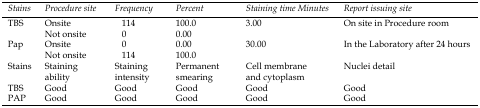
<table><thead><tr><td><b>Stains</b></td><td><b>Procedure site</b></td><td><b>Frequency</b></td><td><b>Percent</b></td><td><b>Staining time Minutes</b></td><td><b>Report issuing site</b></td></tr></thead><tbody><tr><td rowspan="2">TBS</td><td>Onsite</td><td>114</td><td>100.0</td><td rowspan="2">3.00</td><td rowspan="2">On site in Procedure room</td></tr><tr><td>Not onsite</td><td>0</td><td>0.00</td></tr><tr><td rowspan="2">Pap</td><td>Onsite</td><td>0</td><td>0.00</td><td rowspan="2">30.00</td><td rowspan="2">In the Laboratory after 24 hours</td></tr><tr><td>Not onsite</td><td>114</td><td>100.0</td></tr><tr><td>Stains</td><td>Staining ability</td><td>Staining intensity</td><td>Permanent smearing</td><td>Cell membrane and cytoplasm</td><td>Nuclei detail</td></tr><tr><td>TBS</td><td>Good</td><td>Good</td><td>Good</td><td>Good</td><td>Good</td></tr><tr><td>PAP</td><td>Good</td><td>Good</td><td>Good</td><td>Good</td><td>Good</td></tr></tbody></table>